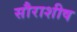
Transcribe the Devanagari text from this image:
सौराशीष